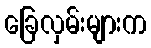
ခြေလှမ်းများက